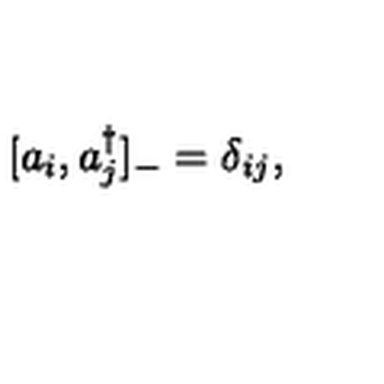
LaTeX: [ a _ { i } , a _ { j } ^ { \dagger } ] _ { - } = \delta _ { i j } ,